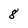
Character: 8